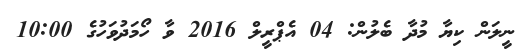
ނީލަން ކިޔާ މުދާ ބެލުން: 04 އެޕްރީލް 2016 ވާ ހޯމަދުވަހުގެ 10:00